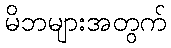
မိဘများအတွက်